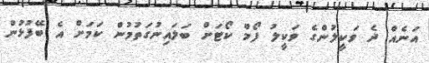
އަނެއް ދެ ވަކީލުންގެ ވަކީލު ފޯމް ކޯޓަށް ބަލައިނުގަތުމުން ކަމަށް އެ ބޭފުޅުން